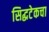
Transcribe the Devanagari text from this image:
सिद्धटेकचा